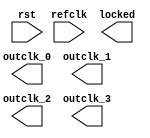
module gmii2rgmii_pll (
		input  wire  refclk,   //  refclk.clk
		output wire  locked,   //  locked.export
		input  wire  rst,      //   reset.reset
		output wire  outclk_0, // outclk0.clk
		output wire  outclk_1, // outclk1.clk
		output wire  outclk_2, // outclk2.clk
		output wire  outclk_3  // outclk3.clk
	);
endmodule